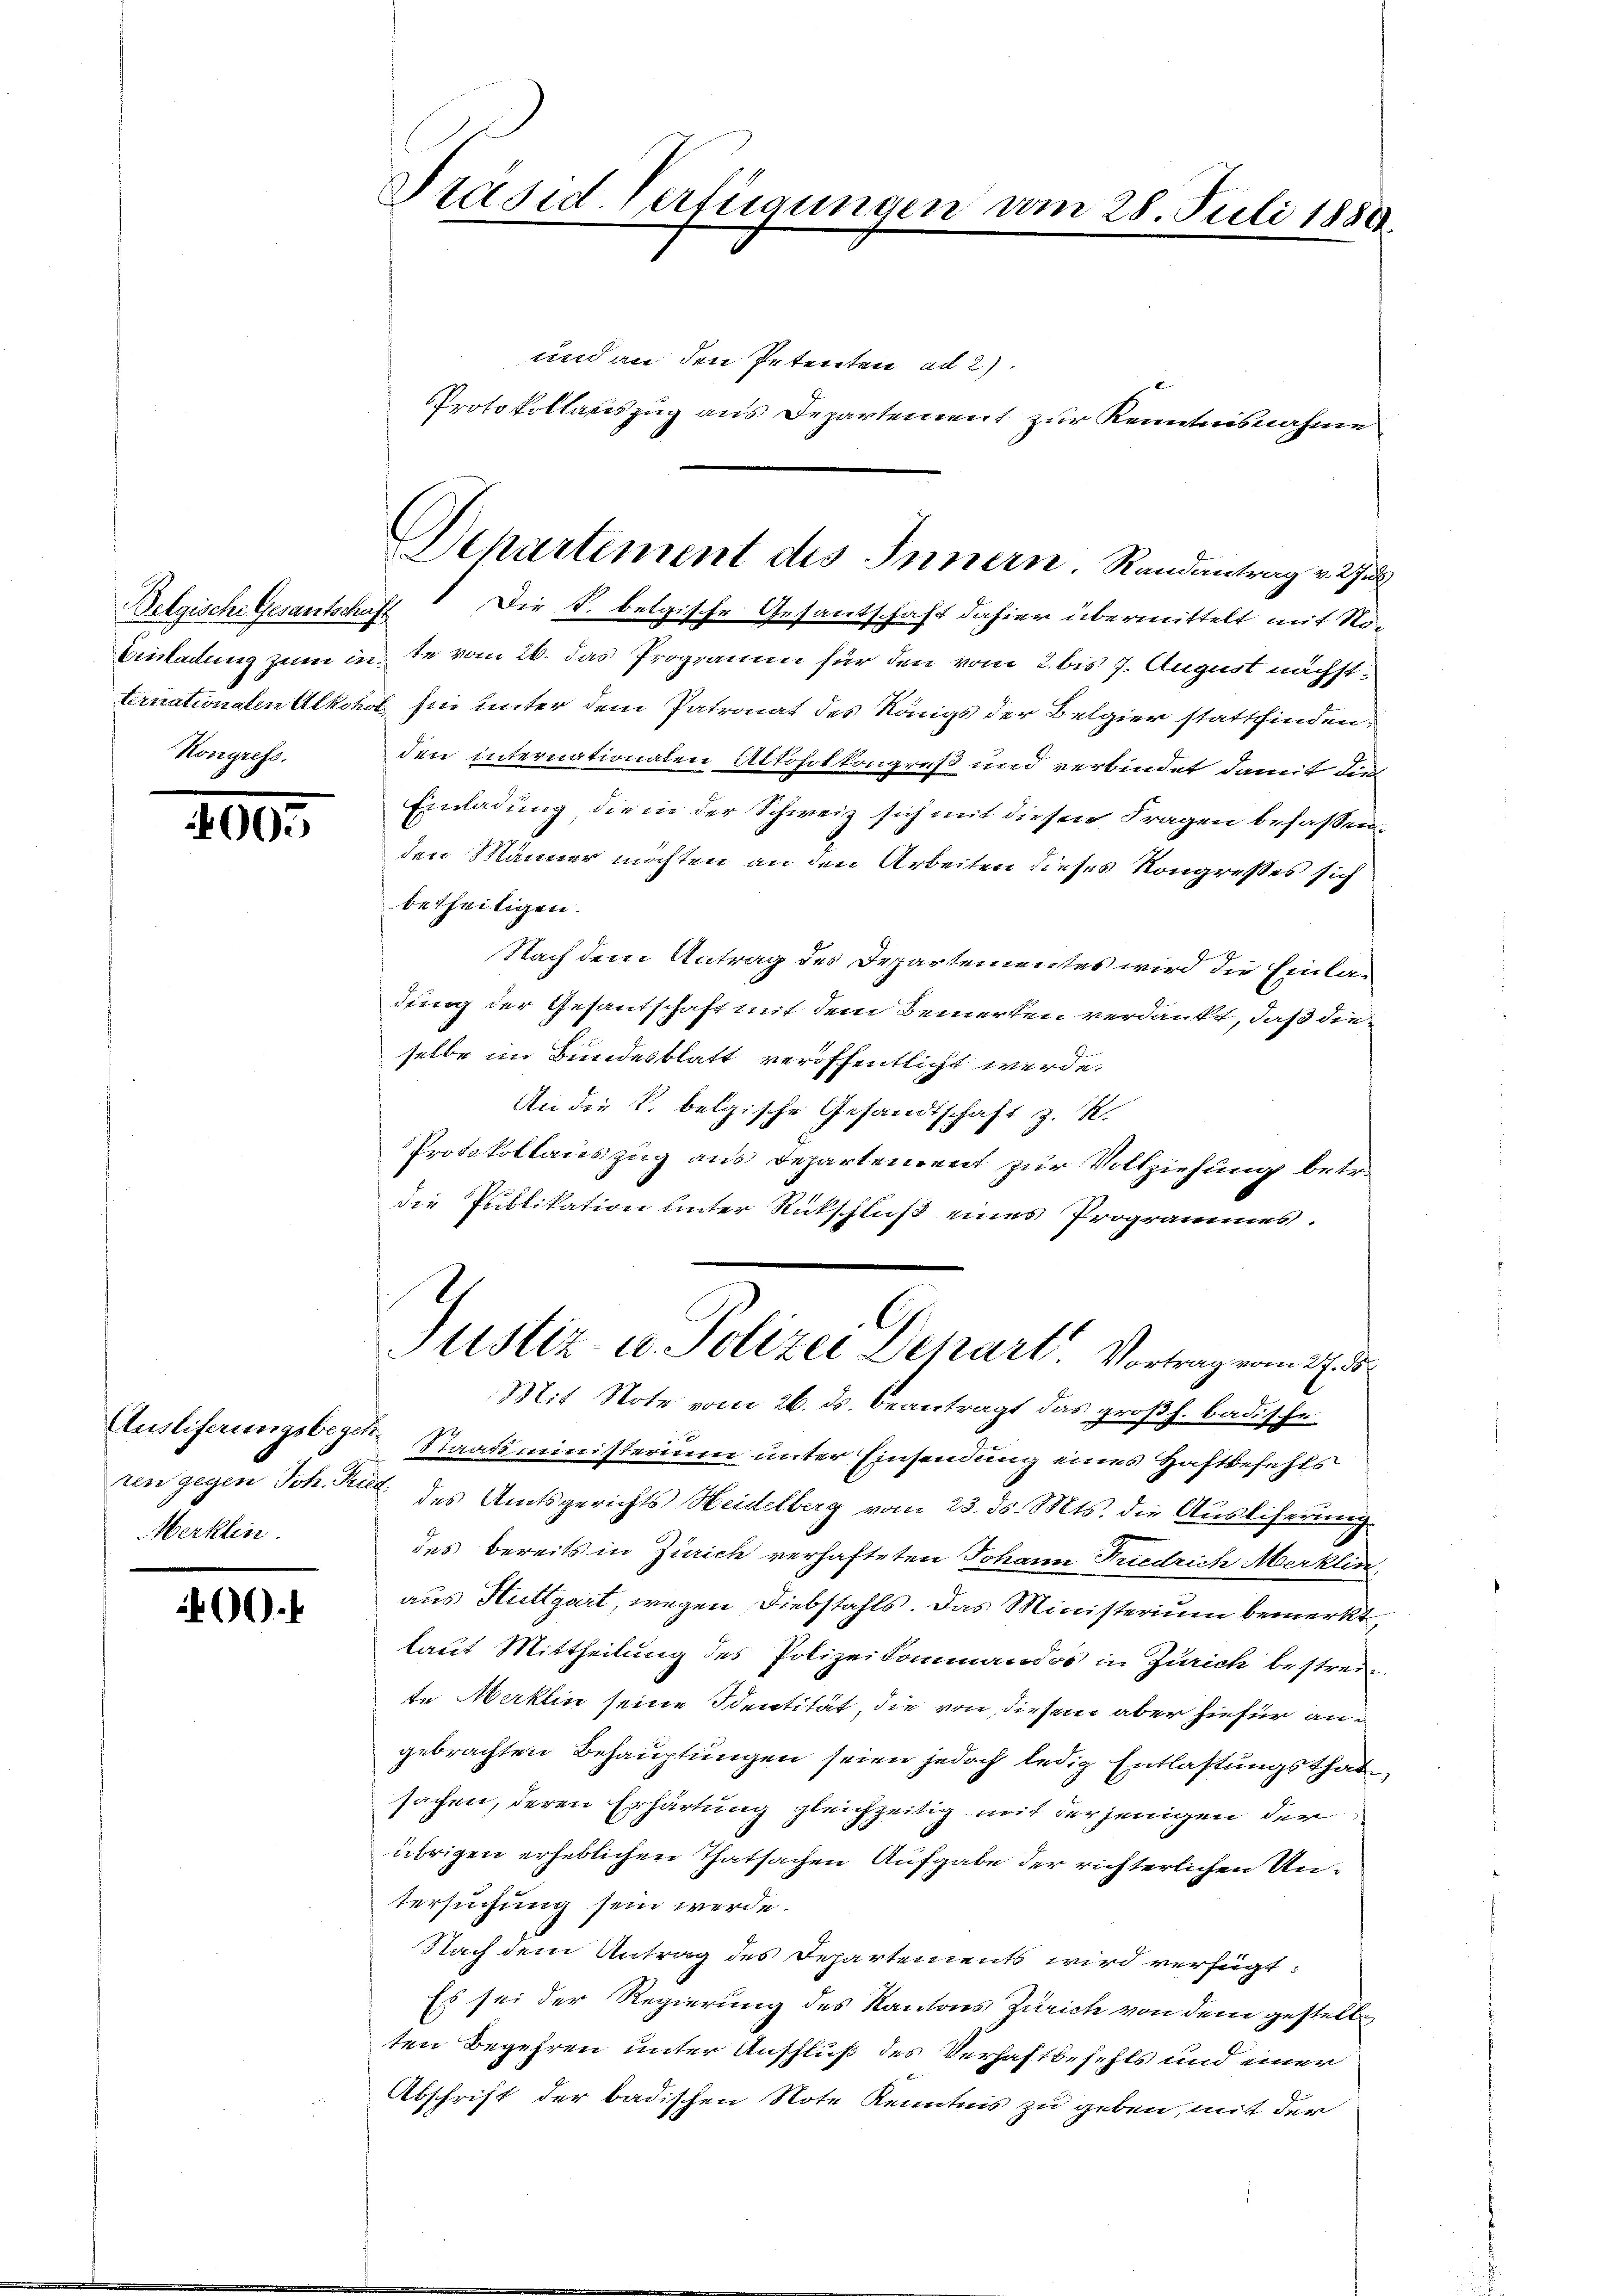
Belgische Gesantschaft
Kongress.

200.

Ausliferungsbegehren gegen Joh. Rud.
Merklin.

400.

Präsid. Vertigungen am 28. Juli 1880.

und an den Petenten ad 2)
PProtokollauszug aus Departement zur Kenntnisnahme
Die S. belgische Gesantschaft dahier übermittelt mit Nove
Einladung zum inte vom 26. das Programm für den vom 2. bis 7. August nächstternationalen Alkohol, sie unter dem Patronat des Königs der Belgier stattfindenden internationaten Altoholkongreß und verbindet damit die
Einladung die in der Schweiz sich mit diesen Fragen befassen
den Männer möchten an den Arbeiten dieses Kongreßes sich
betheiligen.
Nach dem Antrag des Departementes wird die Einladung der Gesantschaft mit dem Bemerken verdankt, daß die
selbe im Bundesblatt veröffentlicht werde.
An die k. belgische Gesandtschaft z. K.
Protokollauszug aus Departement zur Vollziehung betr.
die Publikation unter Rückschluß eines Programmes.
G
Justiz- u. Polizei Separt. Vortrag vom 27.
Mit Note vom 26. ds. beantragt das großh. badische
Staatsministerium unter Einsendung eines Haftbefehls
des Amtsgerichts Heidelberg vom 23. ds. Mts. die Ausliferung
des bereits in Zürich verhafteten Johann Friedrich Merklin
aus Stuttgart, wegen Diebstahls. Das Ministerium bemerkt
laut Mittheilung des Polizeikommandos in Zürich bestreite Merklin seine Identität, die von diesem aber hiefür angebrachten Behauptungen seien jedoch ledig Entlastungsthat
sachen, deren Erhärtung gleichzeitig mit derjenigen der
übrigen erheblichen Thatsachen Aufgabe der richterlichen Untersuchung sein werde.
Nach dem Antrag des Departements wird verfügt:
Es sei der Regierung des Kantons Zürich von dem gestellten Begehren unter Ausfluß des Verhaftbefehls und einer
Abschrift der badischen Note Kenntnis zu geben, mit der

Dchartement des Innern. Randantrag v. Jul